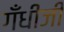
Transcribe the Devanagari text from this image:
गँधीजी